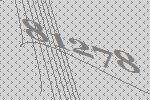
81278